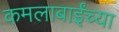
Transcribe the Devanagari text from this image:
कमलाबाईंच्या